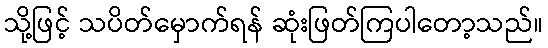
သို့ဖြင့် သပိတ်မှောက်ရန် ဆုံးဖြတ်ကြပါတော့သည်။